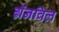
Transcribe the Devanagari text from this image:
ग्रॅनविल